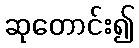
ဆုတောင်း၍